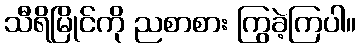
သီရိမြိုင်ကို ညစာစား ကြွခဲ့ကြပါ။